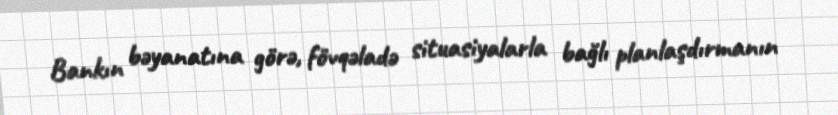
Bankın bəyanatına görə, fövqəladə situasiyalarla bağlı planlaşdırmanın